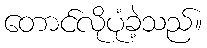
တောင်လိုပုံခဲ့သည်။